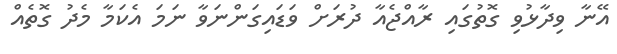
އޭނާ ވިދާޅުވި ގޮތުގައި ރާއްޖެއާ ދުރަށް ވަޑައިގަންނަވާ ނަމަ އެކަމާ މެދު ގޮތެއް